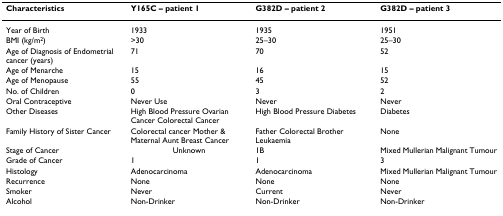
<table><thead><tr><td><b>Characteristics</b></td><td><b>Y165C – patient 1</b></td><td><b>G382D – patient 2</b></td><td><b>G382D – patient 3</b></td></tr></thead><tbody><tr><td>Year of Birth</td><td>1933</td><td>1935</td><td>1951</td></tr><tr><td>BMI (kg/m<sup>2</sup>)</td><td>&gt;30</td><td>25–30</td><td>25–30</td></tr><tr><td>Age of Diagnosis of Endometrial cancer (years)</td><td>71</td><td>70</td><td>52</td></tr><tr><td>Age of Menarche</td><td>15</td><td>16</td><td>15</td></tr><tr><td>Age of Menopause</td><td>55</td><td>45</td><td>52</td></tr><tr><td>No. of Children</td><td>0</td><td>3</td><td>2</td></tr><tr><td>Oral Contraceptive</td><td>Never Use</td><td>Never</td><td>Never</td></tr><tr><td>Other Diseases</td><td>High Blood Pressure Ovarian Cancer Colorectal Cancer</td><td>High Blood Pressure Diabetes</td><td>Diabetes</td></tr><tr><td>Family History of Sister Cancer</td><td>Colorectal cancer Mother &amp; Maternal Aunt Breast Cancer</td><td>Father Colorectal Brother Leukaemia</td><td>None</td></tr><tr><td>Stage of Cancer</td><td>Unknown</td><td>1B</td><td>Mixed Mullerian Malignant Tumour</td></tr><tr><td>Grade of Cancer</td><td>1</td><td>1</td><td>3</td></tr><tr><td>Histology</td><td>Adenocarcinoma</td><td>Adenocarcinoma</td><td>Mixed Mullerian Malignant Tumour</td></tr><tr><td>Recurrence</td><td>None</td><td>None</td><td>None</td></tr><tr><td>Smoker</td><td>Never</td><td>Current</td><td>Never</td></tr><tr><td>Alcohol</td><td>Non-Drinker</td><td>Non-Drinker</td><td>Non-Drinker</td></tr></tbody></table>